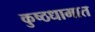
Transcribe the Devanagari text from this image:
कुष्ठधामात